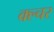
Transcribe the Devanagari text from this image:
क्ल्चर